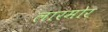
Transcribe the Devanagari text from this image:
लारमोर